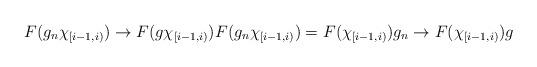
LaTeX: \begin{align*}F(g_n\chi_{[i-1,i)})\to F(g\chi_{[i-1,i)})F(g_n\chi_{[i-1,i)})=F(\chi_{[i-1,i)})g_n\to F(\chi_{[i-1,i)})g\end{align*}